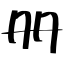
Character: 册